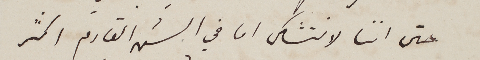
حتى اننا لا نتشكى اما في الشهر القادم اكثر